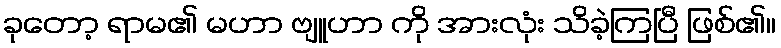
ခုတော့ ရာမ၏ မဟာ ဗျူဟာ ကို အားလုံး သိခဲ့ကြပြီ ဖြစ်၏။